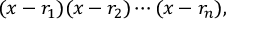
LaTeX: ( x - r _ { 1 } ) ( x - r _ { 2 } ) \cdots ( x - r _ { n } ) ,